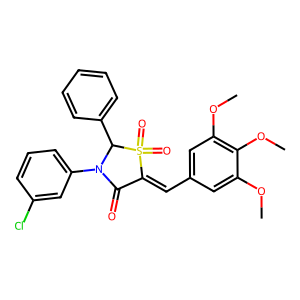
SMILES: COc1cc(C=C2C(=O)N(c3cccc(Cl)c3)C(c3ccccc3)S2(=O)=O)cc(OC)c1OC
Inhibits HIV replication: No